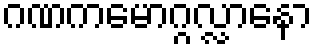
ဂဏကမောဂ္ဂလ္လာနော